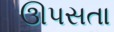
ઊપસતા